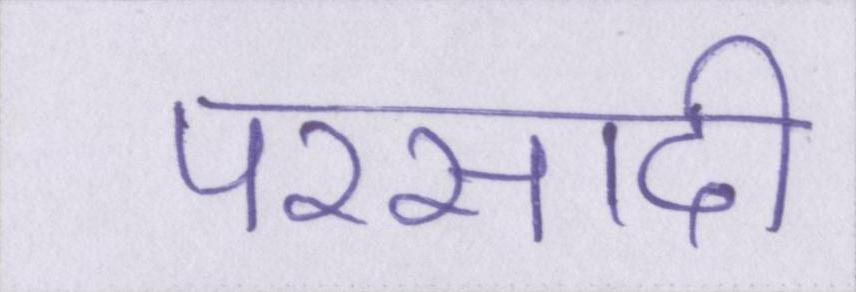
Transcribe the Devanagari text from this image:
परसादी